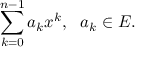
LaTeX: \sum _ { k = 0 } ^ { n - 1 } a _ { k } x ^ { k } , \ \ a _ { k } \in E .